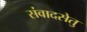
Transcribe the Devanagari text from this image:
संवादसेतु